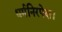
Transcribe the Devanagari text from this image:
धर्मनिरपेक्ष।